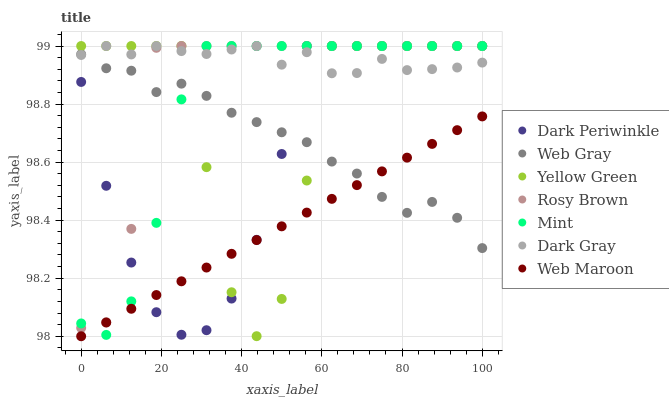
| xaxis_label | Dark Periwinkle | Web Gray | Yellow Green | Rosy Brown | Mint | Dark Gray | Web Maroon |
 | --- | --- | --- | --- | --- | --- | --- | --- |
 | 0 | 98.9 | 99 | 99 | 98 | 98 | 99 | 98 |
 | 6.25 | 98.5 | 98.9 | 99 | 98 | 98 | 99 | 98 |
 | 12.5 | 98.3 | 98.9 | 99 | 98.4 | 98.1 | 99 | 98.1 |
 | 18.8 | 98.1 | 98.8 | 99 | 99 | 98.4 | 99 | 98.1 |
 | 25 | 98 | 98.9 | 99 | 99 | 98.8 | 99 | 98.2 |
 | 31.2 | 98 | 98.8 | 98.6 | 99 | 99 | 99 | 98.2 |
 | 37.5 | 98.1 | 98.8 | 98.2 | 99 | 99 | 99 | 98.3 |
 | 43.8 | 98.3 | 98.7 | 98 | 99 | 99 | 99 | 98.3 |
 | 50 | 98.6 | 98.7 | 98.1 | 99 | 99 | 98.9 | 98.4 |
 | 56.2 | 99 | 98.7 | 98.5 | 99 | 99 | 99 | 98.4 |
 | 62.5 | 99 | 98.6 | 99 | 99 | 99 | 98.9 | 98.5 |
 | 68.8 | 99 | 98.6 | 99 | 99 | 99 | 98.9 | 98.5 |
 | 75 | 99 | 98.5 | 99 | 99 | 99 | 99 | 98.6 |
 | 81.2 | 99 | 98.4 | 99 | 99 | 99 | 98.9 | 98.6 |
 | 87.5 | 99 | 98.5 | 99 | 99 | 99 | 98.9 | 98.7 |
 | 93.8 | 99 | 98.4 | 99 | 99 | 99 | 98.9 | 98.7 |
 | 100 | 99 | 98.3 | 99 | 99 | 99 | 98.9 | 98.8 |